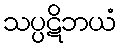
သပ္ပဋိဘယံ